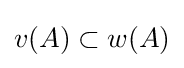
v(A)\subset w(A)